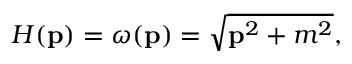
H ( { \bf p } ) = \omega ( { \bf p } ) = \sqrt { { \bf p } ^ { 2 } + m ^ { 2 } } ,